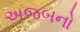
અજબનો